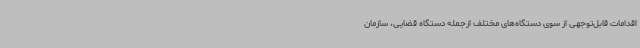
اقدامات قابل‌توجهی از سوی دستگاه‌های مختلف ازجمله دستگاه قضایی، سازمان